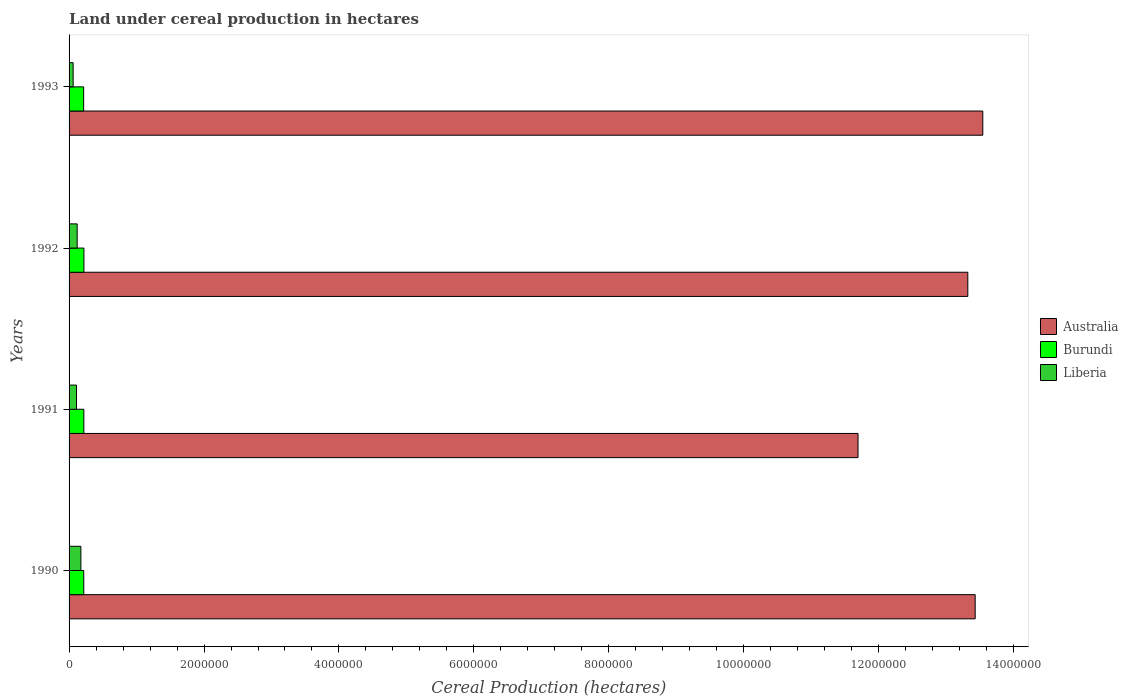
| Years | Australia | Burundi | Liberia |
 | --- | --- | --- | --- |
 | 1990 | 1.34e+07 | 2.18e+05 | 1.75e+05 |
 | 1991 | 1.17e+07 | 2.19e+05 | 1.1e+05 |
 | 1992 | 1.33e+07 | 2.2e+05 | 1.2e+05 |
 | 1993 | 1.35e+07 | 2.16e+05 | 6e+04 |